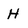
Character: H